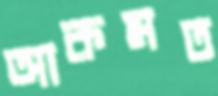
আকমত